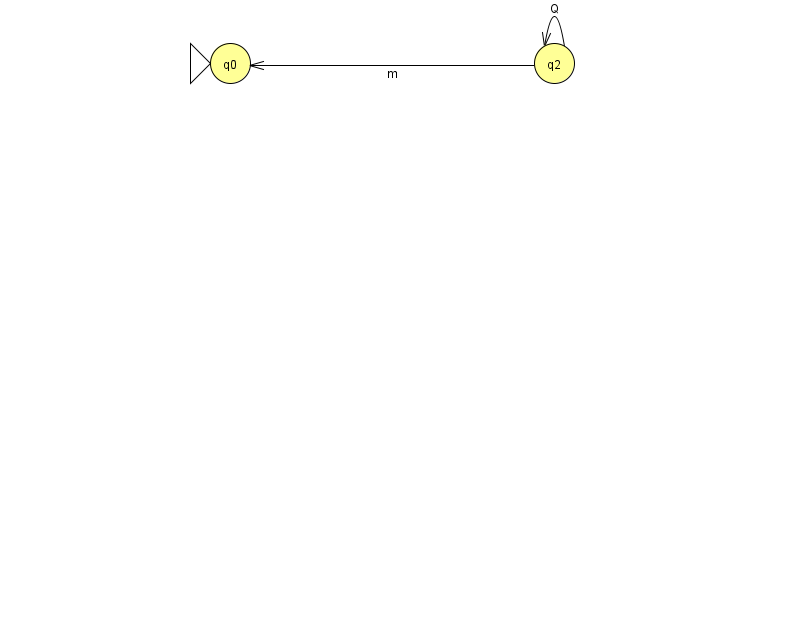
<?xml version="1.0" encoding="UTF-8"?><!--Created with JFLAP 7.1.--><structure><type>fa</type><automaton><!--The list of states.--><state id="0" name="q0"><x>230.0</x><y>50.0</y><initial/></state><state id="2" name="q2"><x>554.0</x><y>50.0</y></state><!--The list of transitions.--><transition><from>2</from><to>0</to><read>m</read></transition><transition><from>2</from><to>2</to><read>Q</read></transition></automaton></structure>